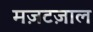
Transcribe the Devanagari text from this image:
मज़टज़ाल